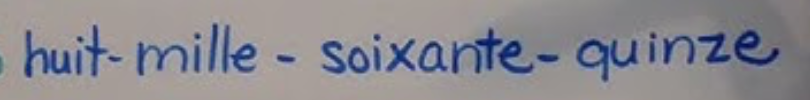
huit-mille-soixante-quinze